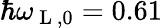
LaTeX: \hbar\omega_{\mathrm{~L~},0}=0.61